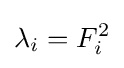
\lambda _{i}=F_{i}^{2}